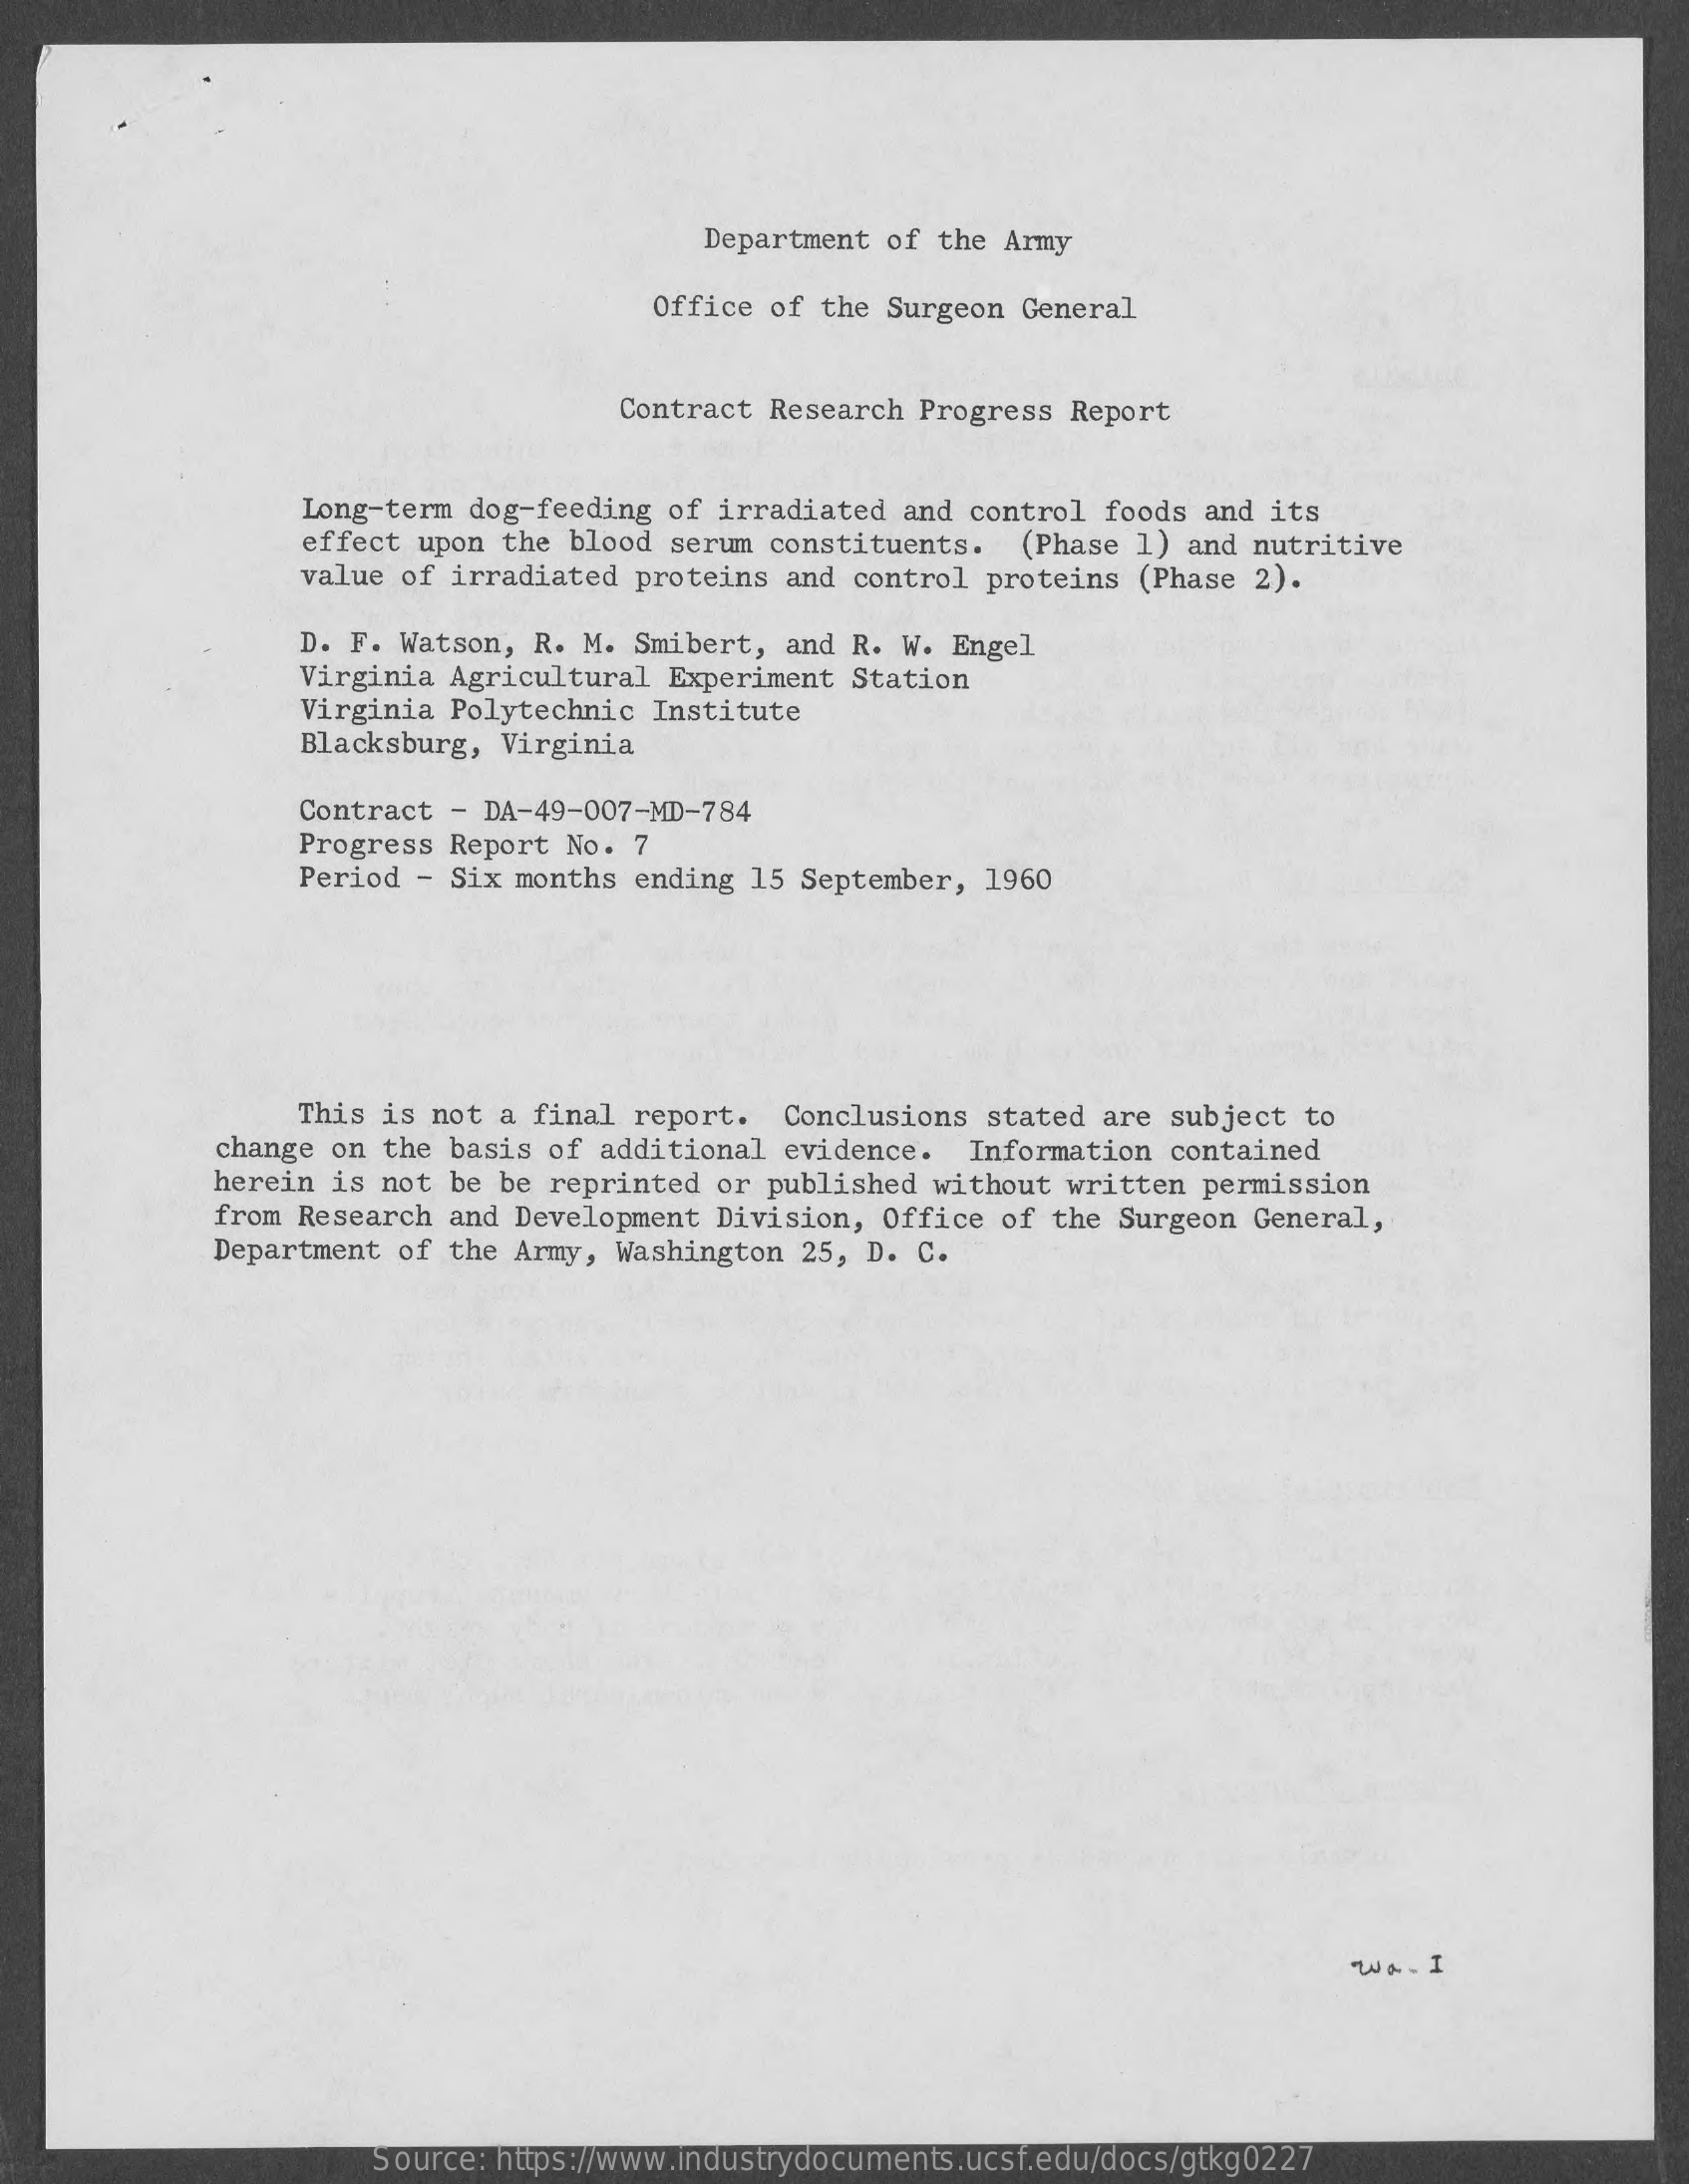
Department of the Army
     Office of the Surgeon General
     Contract Research Progress Report
     Long-term dog-feeding of irradiated and control foods and its
     effect upon the blood serum constituents. (Phase 1) and nutritive
     value of irradiated proteins and control proteins (Phase 2).
     D. F. Watson, R. M. Smibert, and R. W. Engel
     Virginia Agricultural Experiment Station
     Virginia Polytechnic Institute
     Blacksburg, Virginia
     Contract - DA-49-007-MD-784
     Progress Report No. 7
     Period - Six months ending 15 September, 1960
     This is not a final report. Conclusions stated are subject to
     change on the basis of additional evidence. Information contained
     herein is not be be reprinted or published without written permission
     from Research and Development Division, Office of the Surgeon General,
     Department of the Army, Washington 25, D. C.
     WA. I
     Source: https://www.industrydocuments.ucsf.edu/docs/gtkg0227